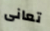
تعانى